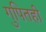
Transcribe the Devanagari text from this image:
गुपितही